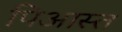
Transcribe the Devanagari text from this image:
पिआस्त